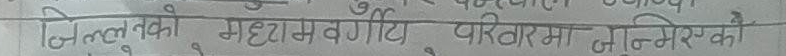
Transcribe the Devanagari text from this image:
जिल्लुबको महासमगायी परिवारमा जनिएकको